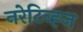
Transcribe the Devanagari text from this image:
नरेटिव्ह्ज